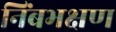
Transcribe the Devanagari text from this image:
निंबभक्षण